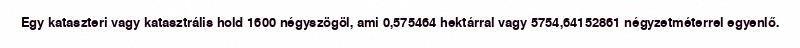
Egy kataszteri vagy katasztrális hold 1600 négyszögöl, ami 0,575464 hektárral vagy 5754,64152861 négyzetméterrel egyenlő.